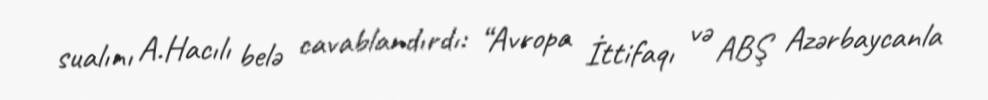
sualını A.Hacılı belə cavablandırdı: “Avropa İttifaqı və ABŞ Azərbaycanla